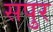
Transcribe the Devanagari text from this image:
सपुर